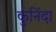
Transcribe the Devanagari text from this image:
कुनिंदा